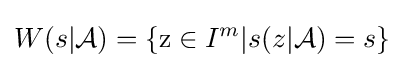
W(s|{\mathcal {A}})=\{\mathrm {z} \in I^{m}|s(z|{\mathcal {A}})=s\}